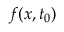
f ( x , t _ { 0 } )